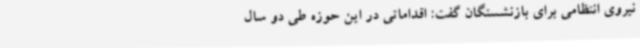
نیروی انتظامی برای بازنشستگان گفت: اقداماتی در این حوزه طی دو سال